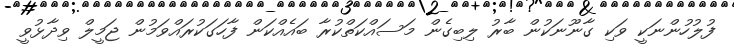
ފުލުހުންނަކީ ވަކި ގާނޫނަކުން ބާރު ލިބިގެން މަސައްކަތްކުރާ ބައެއްކަން ފާހަގަކުރައްވަމުން ޖަމީލް ވިދާޅުވީ